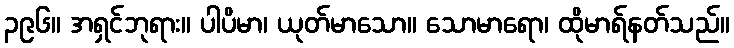
၃၉၆။ အရှင်ဘုရား။ ပါပိမာ၊ ယုတ်မာသော။ သောမာရော၊ ထိုမာရ်နတ်သည်။